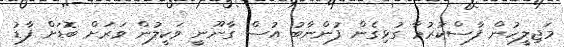
މަޖިލީހުން ފާސްކުރުމާ ގުޅިގެން ފުންނާބު އުސް ގާނޫނީ ވަކީލުން ވަރަށް ބޮޑަށް ފާޑު